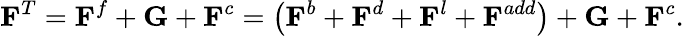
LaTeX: \mathbf{F}^{T}=\mathbf{F}^{f}+\mathbf{G}+\mathbf{F}^{c}=\left(\mathbf{F}^{b}+\mathbf{F}^{d}+\mathbf{F}^{l}+\mathbf{F}^{add}\right)+\mathbf{G}+\mathbf{F}^{c}.